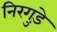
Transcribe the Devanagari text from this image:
निरगुड़े